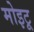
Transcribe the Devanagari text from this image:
मोइटू